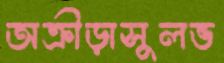
অক্রীড়াসুলভ